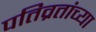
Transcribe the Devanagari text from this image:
पतिव्रतांच्या